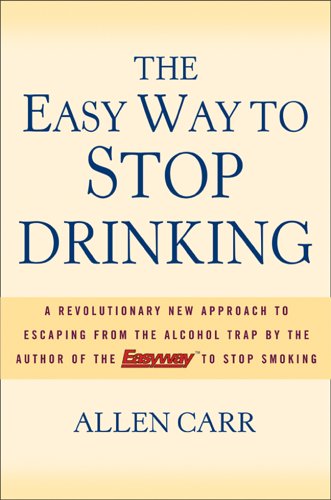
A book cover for The Easy Way to Stop Drinking; Allen Carr; Health, Fitness & Dieting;